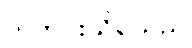
သတင်းသိရသည်